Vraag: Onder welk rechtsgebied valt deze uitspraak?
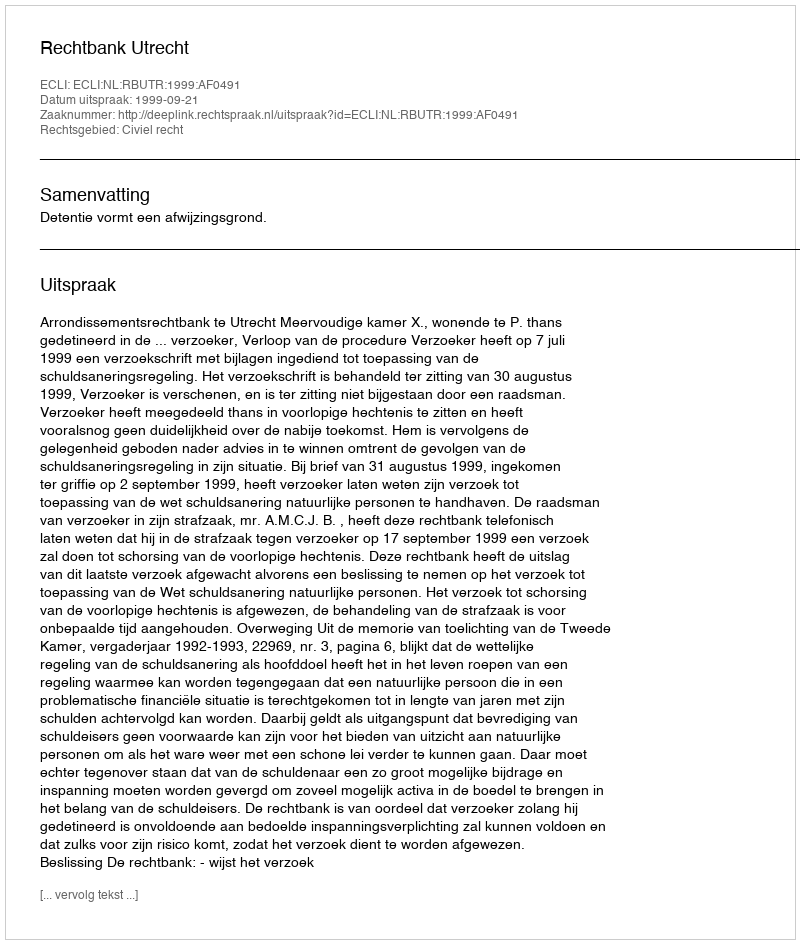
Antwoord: Civiel recht